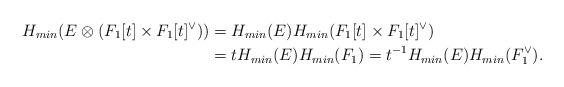
LaTeX: \begin{align*}H_{min}(E\otimes (F_1[t]\times F_1[t]^{\vee}))&=H_{min}(E)H_{min}(F_1[t]\times F_1[t]^{\vee})\\&=tH_{min}(E)H_{min}(F_1)=t^{-1}H_{min}(E)H_{min}(F_1^{\vee}).\end{align*}